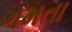
ગમતા